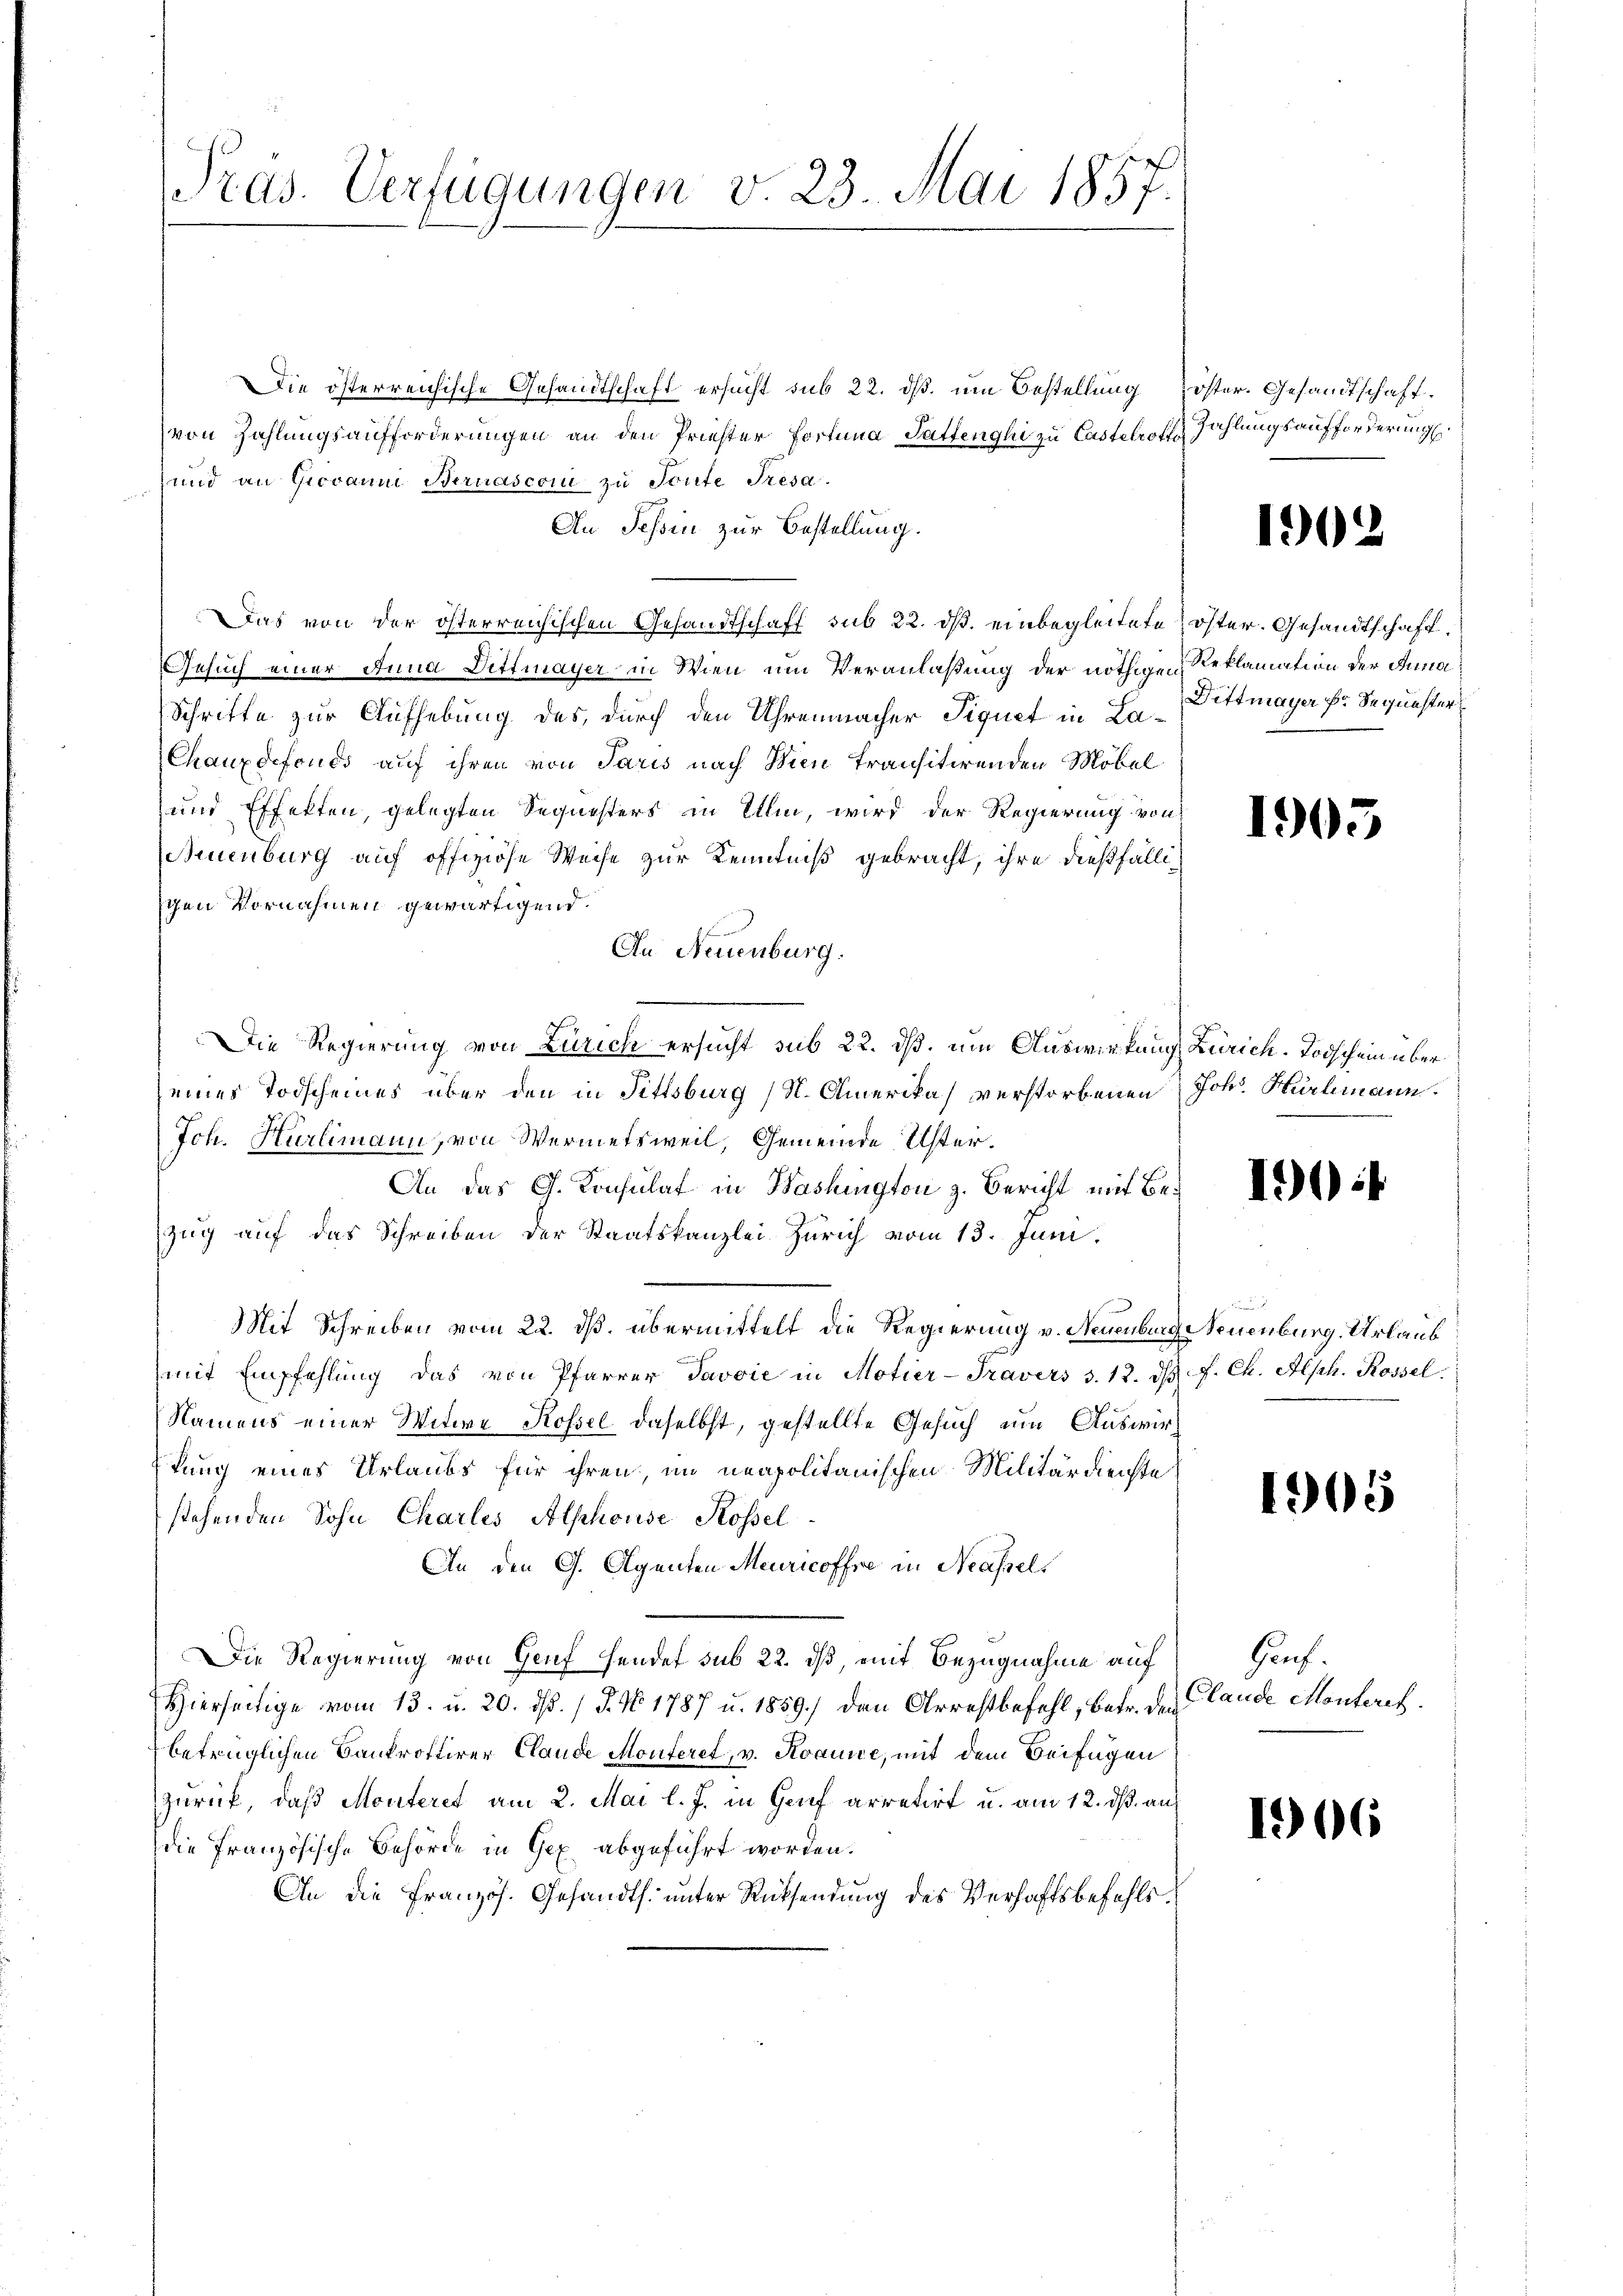
Pras. Verfügungen v. 23. Mai 1857.

Die österreichische Gesandtschaft ersucht sub 22. dß. um Bestellung
von Zahlungsaufforderungen an den Priester Fortina Sattenghi zu Castetroff
und an Giovanni Bernasconi zu Toute Tresa
An Tessin zur Bestellung.
Das von der österreichischen Gesandtschaft sub 22. ds. einbegleitete öster. Gesandtschaft.
Gesuch einer Anna Dittmayer in Wien um Veranlaßung der nöthigen Reklamation der Anna¬
Schritte zur Aufhebung des, durch den Uhrenmacher Signet in La-Dittmayer Er Sequesters
Chauxdefonds auf ihren von Paris nach Wien transitirenden Möbel
und Effekten, gelegten Sequesters in Ulm, wird der Regierung von
Amenburg auf offiziöse Weise zur Kenntniß gebracht, ihre dießfälligen Vornahmen gewärtigend.
An Neuenburg.
Die Regierung von Zürich ersucht sub 22. ds. um Auswirkung Zürich. Todschein über
eines Todscheines über den in Fittsburg (S. Amerika verstorbenen
Jch. Hürlimann, von Wermetsweil, Gemeinde Uster.
An das G. Konsulat in Washington z. Bericht mit Bezug auf das Schreiben der Staatskanzlei Zürich vom 13. Juni.
Mit Schreiben vom 22. ds. übermittelt die Regierung v. Neuenburg Neuenburg. Urlaub
mit Empfehlŭng das von Pfarrer Javvić in Motier-Travers S. 12. d. J. Ch. Alph. Rossel
Namens einer Witwe Rossel daselbst, gestellte Gesuch um Auswirtung eines Urlaubs für ihren, im neapolitanischen Militärdienste
stehenden Sohn Charlis Alphouse Rossel
An den G. Olganten Meuricoffre in Neassels
Die Regierung von Genf sendet sub 22. dß, mit Bezugnahme auf
Hierseitige vom 13. u. 20. dβ. / 5. No 1787 u. 1859.) den Arrestbefehl, betr. den
betrüglichen Bankrottirer Claude Monteret, v. Roaune, mit dem Beifügen
zurück, daß Monteret am 2. Mai l. J. in Genf arretirt u. am 12. dß. an:
die französische Behörde in Gex abgeführt worden.
An die Französ. Gesandts. unter Rücksendung des Verhaftsbefehls¬

öster. Gesandtschaft.
Zahlungsaufforderung

1902.

1905

Johs. Hürlimann.

190

1905

Gruf.
Claude Monteres.

166